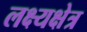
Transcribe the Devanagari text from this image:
लक्ष्यक्षेत्र